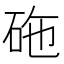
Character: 砤